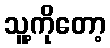
သူ့ကိုတော့